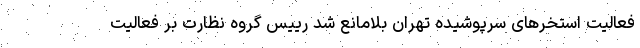
فعالیت استخرهای سرپوشیده تهران بلامانع شد رییس گروه نظارت بر فعالیت